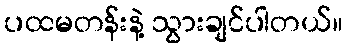
ပထမတန်းနဲ့ သွားချင်ပါတယ်။